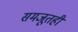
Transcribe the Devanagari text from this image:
समजूतही